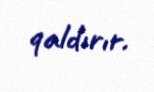
qaldırır.